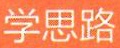
学思路